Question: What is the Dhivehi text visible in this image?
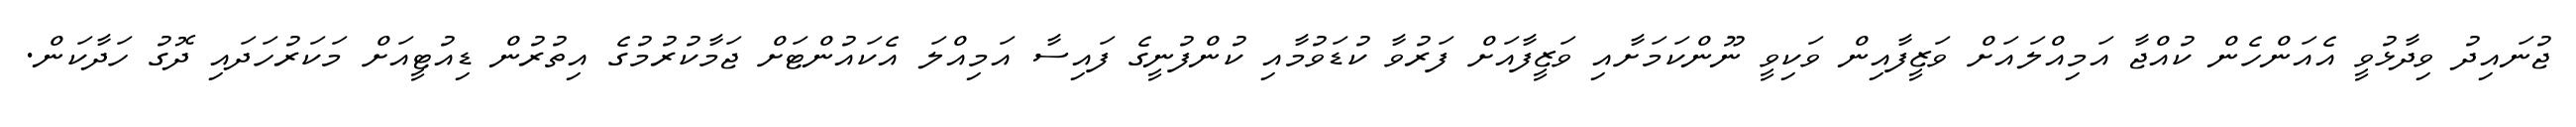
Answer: ޖުނައިދު ވިދާޅުވީ އެއަންހެން ކުއްޖާ އަމިއްލައަށް ވަޒީފާއިން ވަކިވީ ނޫންކަމަށާއި ވަޒީފާއަށް ފަރުވާ ކުޑަވުމާއި ކުންފުނީގެ ފައިސާ އަމިއްލަ އެކައުންޓަށް ޖަމާކުރުމުގެ އިތުރުން ޑިއުޓީއަށް މަކަރުހަދައި ދޮގު ހަދާކަން.